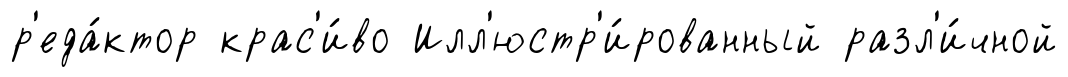
р'еда́ктор крас'и́во Илл'юстр'и́рованный разл'и́чной